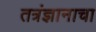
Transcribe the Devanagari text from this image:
तत्रंज्ञानाचा